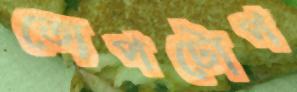
তোপটোপ